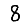
Digit: 8